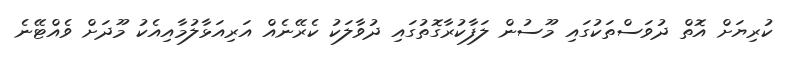
ކުރިޔަށް އޮތް ދުވަސްތަކުގައި މޫސުން ލަފާކުރާގޮތުގައި ދުވާލަކު ކެރޭނެއް އަރިއަޅާލުމާއިއެކު މޫދަށް ވެެއްޓޭނެ